Leaving Certificate Examination, 1909
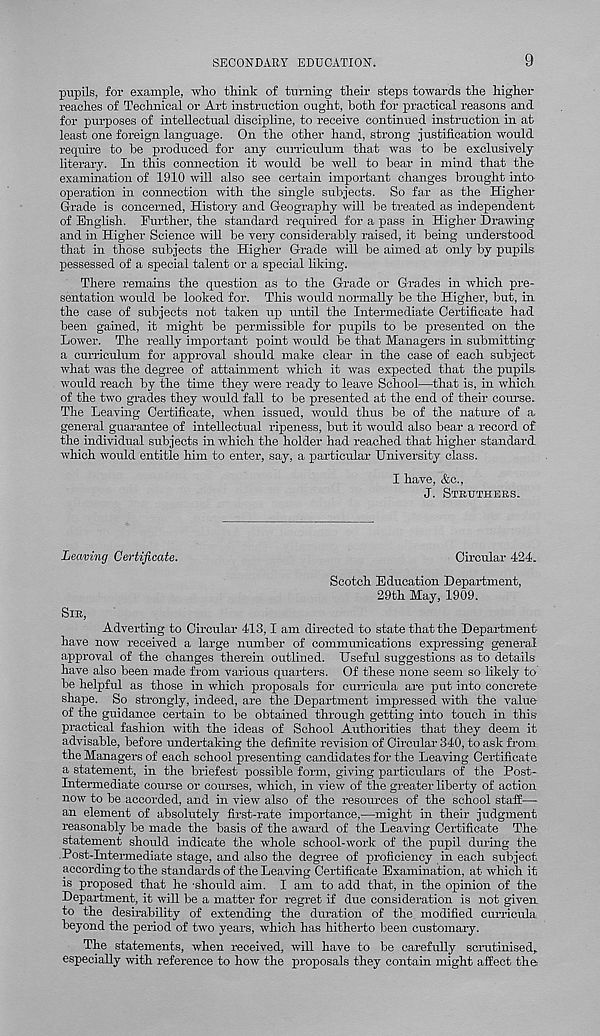
SECONDARY EDUCATION.
9
pupils, for example, wlio think of turning their stepis towards the higher
reaches of Technical or Art instruction ought, both for practical reasons and
for purposes of intellectual discipline, to receive continued instruction in at
least one foreign language. On the other hand, strong justification would
require to he produced for any curriculum that was to be exclusively
literary. In this connection it would be well to bear in mind that the
examination of 1910 will also see certain important changes brought into-
operation in connection with the single subjects. So far as the Higher
Grade is concerned. History and Geography will be treated as independent
of English. Further, the standard required for a pass in Higher Drawing
and in Higher Science will be very considerably raised, it being understood
that in those subjects the Higher Grade will be aimed at only by pupils
possessed of a special talent or a special liking.
There remains the question as to the Grade or Grades in which pre-
sentation would be looked for. This would normally be the Higher, but, in
the case of subjects not taken up until the Intermediate Certificate had
been gained, it might be permissible for pupils to be presented on the
Lower. The really important point would be that Managers hi submitting
a curriculum for approval should make clear in the case of each subject
what was the degree of attainment which it was expected that the pupils
would reach by the time they were ready to leave School—that is, in which
of the two grades they would fall to be presented at the end of their course.
The Leaving Certificate, when issued, would thus be of the nature of a
general guarantee of intellectual ripeness, but it would also bear a record of
the individual subjects in which the holder had reached that higher standard
which would entitle him to enter, say, a particular University class.
I have, &c.,
J. STRUTHERS.
Leaving Certificate.
Circular 424.
Scotch Education Department,
29th May, 1909.
SIR,
Adverting to Circular 413,1 am directed to state that the Department
have now received a large number of communications expressing general
approval of the changes therein outlined. Useful suggestions as to details
have also been made from various quarters. Of these none seem so likely to
be helpful as those in which proposals for curricula are put into concrete
shape. So strongly, indeed, are the Department impressed with the value
of the guidance certain to be obtained through getting into touch in this-
practical fashion with the ideas of School Authorities that they deem it
advisable, before undertaking the definite revision of Circular 340, to ask from,
the Managers of each school presenting candidates for the Leaving Certificate
a statement, in the briefest possible form, giving particulars of the Post-
Intermediate course or courses, which, in view of the greater liberty of action
now to be accorded, and in view also of the resources of the school staff—
an element of absolutely first-rate importance,—might in their judgment
reasonably be made the basis of the award of the Leaving Certificate The
statement should indicate the whole school-work of the pupil during the.
.Post-Intermediate stage, and also the degree of proficiency in each subject,
according to the standards of the Leaving Certificate Examination, at which it
is proposed that he -should aim. I am to add that, in the opinion of the
Department, it will be a matter for regret if due consideration is not given
to the desirability of extending the duration of the modified curricula
beyond the period of two years, which has hitherto been customary.
The statements, when received, will have to be carefully scrutinised,,
especially with reference to how the proposals they contain might affect the